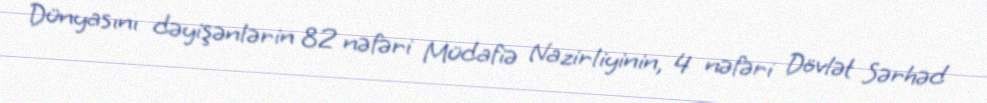
Dünyasını dəyişənlərin 82 nəfəri Müdafiə Nazirliyinin, 4 nəfəri Dövlət Sərhəd